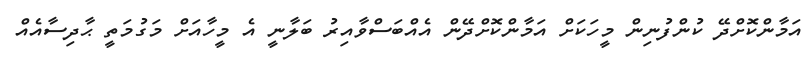
އަމާންކޮށްދޭ ކުންފުނިން މީހަކަށް އަމާންކޮށްދޭން އެއްބަސްވާއިރު ބަލާނީ އެ މީހާއަށް މަގުމަތީ ޙާދިސާއެއް